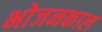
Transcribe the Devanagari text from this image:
भोजनकाल